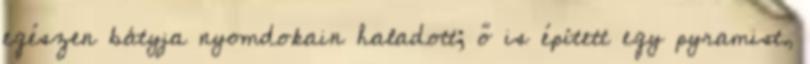
egészen bátyja nyomdokain haladott; ő is épített egy pyramist,